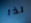
لذا